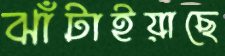
ঝাঁটাইয়াছে